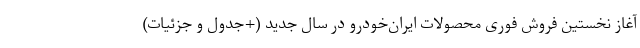
آغاز نخستین فروش فوری محصولات ایران‌خودرو در سال جدید (+جدول و جزئیات)